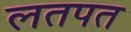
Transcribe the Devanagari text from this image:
लतपत